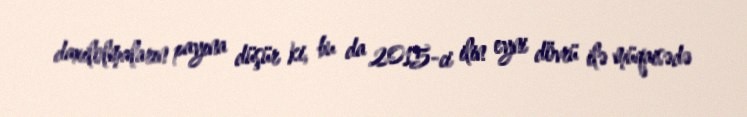
daxilolmaların payına düşür ki, bu da 2015-ci ilin eyni dövrü ilə müqaisədə